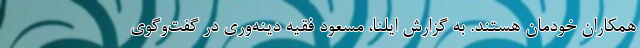
همکاران خودمان هستند. به گزارش ایلنا، مسعود فقیه دینه‌وری در گفت‌وگوی